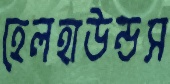
হেলহাউন্ডস